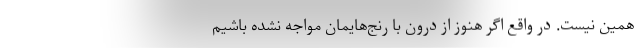
همین نیست. در واقع اگر هنوز از درون با رنج‌هایمان مواجه نشده باشیم